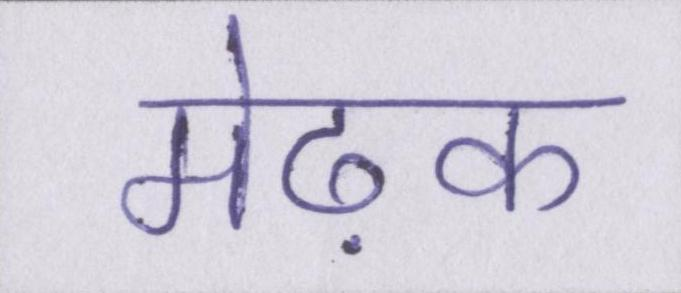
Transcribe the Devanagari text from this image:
मेढ़क